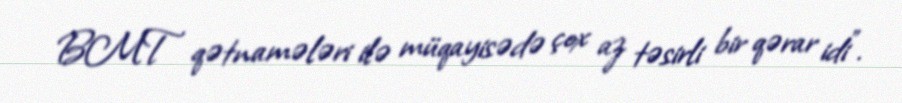
BMT qətnamələri ilə müqayisədə çox az təsirli bir qərar idi”.